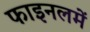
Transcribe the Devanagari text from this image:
फाइनलमें